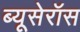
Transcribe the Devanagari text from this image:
ब्यूसेरॉस